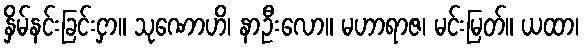
နှိမ်နင်းခြင်းငှာ။ သုဏောဟိ၊ နာဦးလော။ မဟာရာဇ၊ မင်းမြတ်။ ယထာ၊